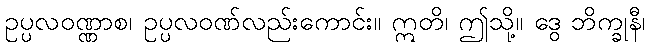
ဥပ္ပလဝဏ္ဏာစ၊ ဥပ္ပလဝဏ်လည်းကောင်း။ ဣတိ၊ ဤသို့။ ဒွေ ဘိက္ခုနီ၊